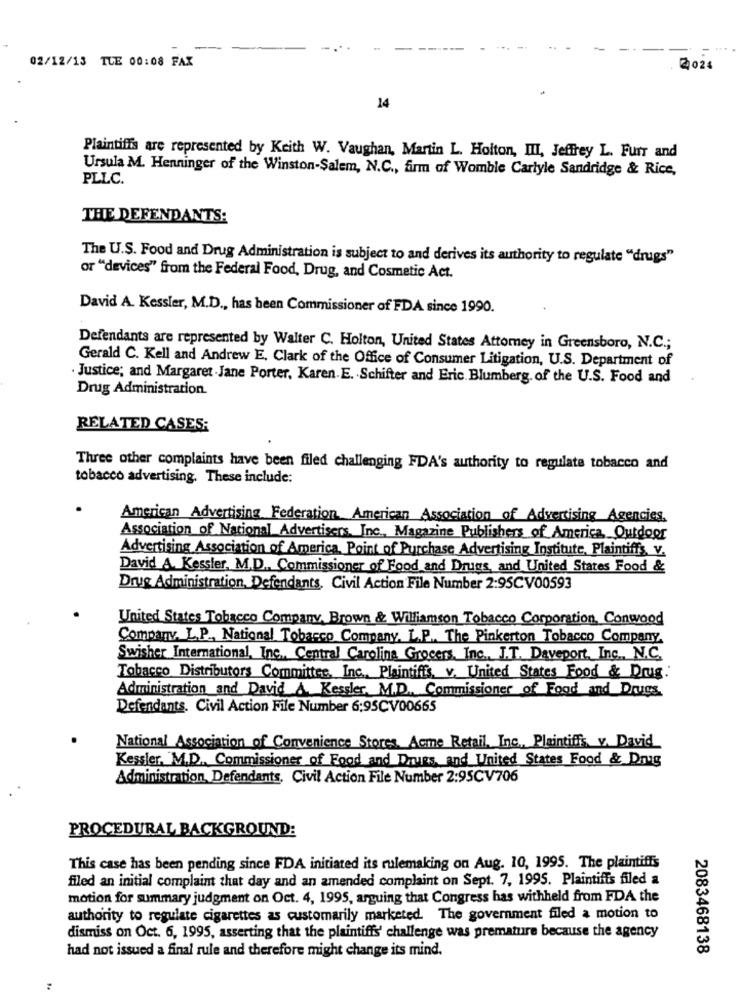
--
02/12/13 TUE 00:08 FAX
2024
14
Plaintiffs are represented by Keith W. Vaughan, Martin L. Holton, III, Jeffrey L. Furr and
Ursula M. Henninger of the Winston-Salem, N.C ., firm of Womble Carlyle Sandridge & Rice,
PLLC.
THE DEFENDANTS:
The U.S. Food and Drug Administration is subject to and derives its authority to regulate "drugs"
or "devices" from the Federal Food, Drug, and Cosmetic Act.
David A. Kessler, M.D ., has been Commissioner of FDA since 1990.
Defendants are represented by Walter C. Holton, United States Attomey in Greensboro, N.C .;
Gerald C. Kell and Andrew E. Clark of the Office of Consumer Litigation, U.S. Department of
Justice; and Margaret Jane Porter, Karen. E. Schifter and Eric Blumberg. of the U.S. Food and
Drug Administration.
RELATED CASES:
Three other complaints have been filed challenging FDA's authority to regulate tobacco and
tobacco advertising. These include:
American Advertising Federation American Association of Advertising Agencies.
Association of National Advertisers, Inc ., Magazine Publishers of America, Outdoor
Advertising Association of America. Point of Purchase Advertising Institute, Plaintiffs, V.
David A. Kessler, M.D ., Commissioner of Food and Drugs, and United States Food &
Drug Administration, Defendants. Civil Action File Number 2:95CV00593
United States Tobacco Company, Brown & Williamson Tobacco Corporation, Conwood
Company. L.P ., National Tobacco Company. L.P. The Pinkerton Tobacco Company.
Swisher International, Inc ., Central Carolina Grocers, Inc ., J.T. Daveport, Inc. N.C.
Tobacco Distributors Committee, Inc. Plaintiffs. v. United States Food & Drug.
Administration and David A. Kessler, M.D ., Commissioner of Food and Drugs.
Defendants. Civil Action File Number 6:95CV00665
National Association of Convenience Stores. Acme Retail, Inc ., Plaintiffs v. David
Kessler, M.D ., Commissioner of Food and Drugs, and United States Food & Drug
Administration, Defendants, Civil Action File Number 2:95CV706
PROCEDURAL BACKGROUND:
This case has been pending since FDA initiated its rulemaking on Aug. 10, 1995. The plaintiffis
filed an initial complaint that day and an amended complaint on Sept. 7, 1995. Plaintiffis filed a
motion for summary judgment on Oct. 4, 1995, arguing that Congress has withheld from FDA the
authority to regulate cigarettes as customarily marketed. The government filed a motion to
dismiss on Oct. 6, 1995, asserting that the plaintiffs' challenge was premature because the agency
had not issued a final rule and therefore might change its mind.
2083468138
: